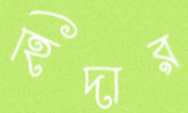
হিদার